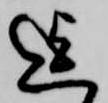
迄